Indian journal of veterinary science and animal husbandry - Volume 8,
Year: 1938
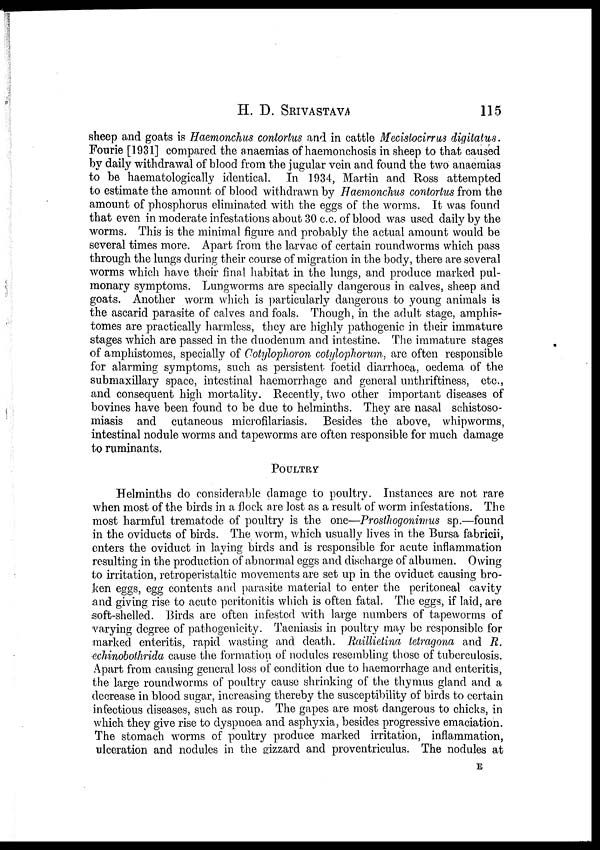
H. D.
SRIVASTAVA
115
sheep and goats is Haemonchus contortus and in cattle Mecistocirrus digitatus.
Fourie [1931] compared the anaemias of haemonchosis in sheep to that caused
by daily withdrawal of blood from the jugular vein and found the two anaemias
to be haematologically identical. In 1934, Martin and Ross attempted
to estimate the amount of blood withdrawn by Haemonchus contortus from the
amount of phosphorus eliminated with the eggs of the worms. It was found
that even in moderate infestations about 30 c.c. of blood was used daily by the
worms. This is the minimal figure and probably the actual amount would be
several times more. Apart from the larvae of certain roundworms which pass
through the lungs during their course of migration in the body, there are several
worms which have their final habitat in the lungs, and produce marked pul-
monary symptoms. Lungworms are specially dangerous in calves, sheep and
goats. Another worm which is particularly dangerous to young animals is
the ascarid parasite of calves and foals. Though, in the adult stage, amphis-
tomes are practically harmless, they are highly pathogenic in their immature
stages which are passed in the duodenum and intestine. The immature stages
of amphistomes, specially of Cotylophoron cotylophorum, are often responsible
for alarming symptoms, such as persistent foetid diarrhoea, oedema of the
submaxillary space, intestinal haemorrhage and general unthriftiness, etc.,
and consequent high mortality. Recently, two other important diseases of
bovines have been found to be due to helminths. They are nasal schistoso-
miasis and cutaneous microfilariasis. Besides the above, whipworms,
intestinal nodule worms and tapeworms are often responsible for much damage
to ruminants.
POULTRY
Helminths do considerable damage to poultry. Instances are not rare
when most of the birds in a flock are lost as a result of worm infestations. The
most harmful trematode of poultry is the one—Prosthogonimus sp.—found
in the oviducts of birds. The worm, which usually lives in the Bursa fabricii,
enters the oviduct in laying birds and is responsible for acute inflammation
resulting in the production of abnormal eggs and discharge of albumen. Owing
to irritation, retroperistaltic movements are set up in the oviduct causing bro-
ken eggs, egg contents and parasite material to enter the peritoneal cavity
and giving rise to acute peritonitis which is often fatal. The eggs, if laid, are
soft-shelled. Birds are often infested with large numbers of tapeworms of
varying degree of pathogenicity. Taeniasis in poultry may be responsible for
marked enteritis, rapid wasting and death. Raillietina tetragona and R.
echinobothrida cause the formation of nodules resembling those of tuberculosis.
Apart from causing general loss of condition due to haemorrhage and enteritis,
the large roundworms of poultry cause shrinking of the thymus gland and a
decrease in blood sugar, increasing thereby the susceptibility of birds to certain
infectious diseases, such as roup. The gapes are most dangerous to chicks, in
which they give rise to dyspnoea and asphyxia, besides progressive emaciation.
The stomach worms of poultry produce marked irritation, inflammation,
ulceration and nodules in the gizzard and proventriculus. The nodules at
E